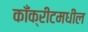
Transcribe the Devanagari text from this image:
काँक्रीटमधील